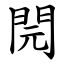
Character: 䦎